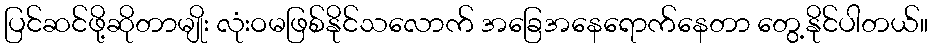
ပြင်ဆင်ဖို့ဆိုတာမျိုး လုံးဝမဖြစ်နိုင်သလောက် အခြေအနေရောက်နေတာ တွေ့နိုင်ပါတယ်။